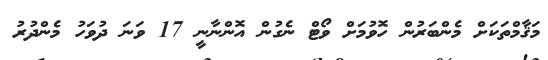
މަޤާމްތަކަށް މެންބަރުން ހޮވުމަށް ވޯޓް ނެގުން އޮންނާނީ 17 ވަނަ ދުވަހު މެންދުރު